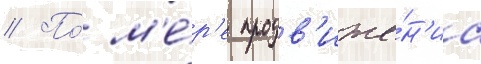
// По́ м'е́р'е продв'иже́н'иа